Indian journal of veterinary science and animal husbandry - Volume 1,
Year: 1931
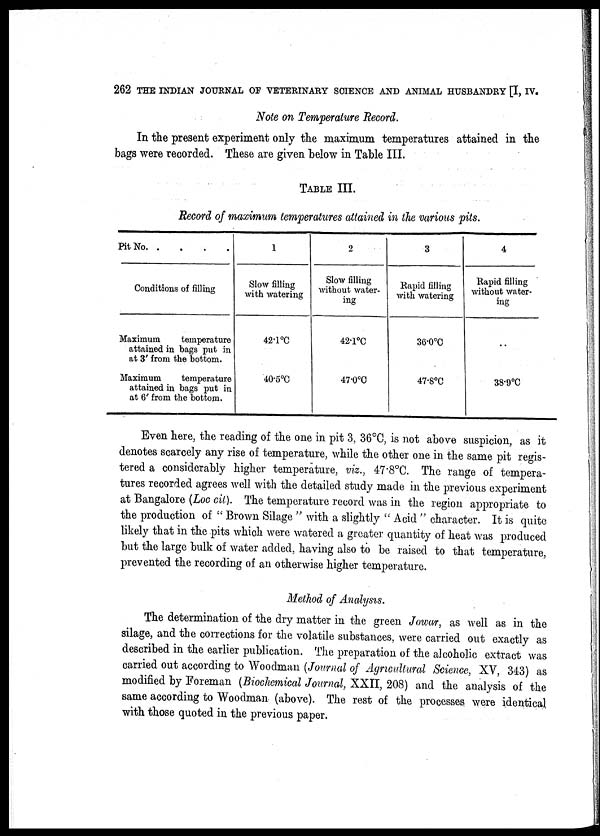
262 THE INDIAN JOURNAL OF VETERINARY SCIENCE AND ANIMAL HUSBANDRY [I, IV.
Note on Temperature Record.
In the present experiment only the maximum temperatures attained in the
bags were recorded. These are given below in Table III.
TABLE III.
Record of maximum temperatures attained in the various pits.
Pit No. . . . .
Conditions of filling
Maximum
temperature
attained in bags put in
at 3' from the bottom.
Maximum
temperature
attained in bags put in
at 6' from the bottom.
1
Slow filling
with watering
42.1 °C
40.5°C
2
Slow filling
without water-
ing
42.1°C
47.0°C
3
Rapid filling
with watering
36.0°C
47.8°C
4
Rapid filling
without water-
ing
. .
38.9°C
Even here, the reading of the one in pit 3, 36°C, is not above suspicion, as it
denotes scarcely any rise of temperature, while the other one in the same pit regis-
tered a considerably higher temperature, viz., 47.8°C. The range of tempera-
tures recorded agrees well with the detailed study made in the previous experiment
at Bangalore (Loc cit). The temperature record was in the region appropriate to
the production of " Brown Silage " with a slightly " Acid " character. It is quite
likely that in the pits which were watered a greater quantity of heat was produced
but the large bulk of water added, having also to be raised to that temperature,
prevented the recording of an otherwise higher temperature.
Method of Analysis.
The determination of the dry matter in the green Jowar, as well as in the
silage, and the corrections for the volatile substances, were carried out exactly as
described in the earlier publication. The preparation of the alcoholic extract was
carried out according to Woodman (Journal of Agricultural Science, XV, 343) as
modified by Foreman (Biochemical Journal, XXII, 208) and the analysis of the
same according to Woodman (above). The rest of the processes were identical
with those quoted in the previous paper.